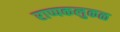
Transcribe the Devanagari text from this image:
राप्पकलुकळ